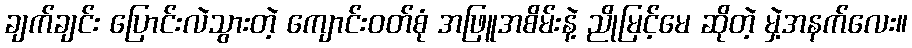
ချက်ချင်း ပြောင်းလဲသွားတဲ့ ကျောင်းဝတ်စုံ အဖြူအစိမ်းနဲ့ ညိုမြင့်မေ ဆိုတဲ့ မှဲ့အနက်လေး။